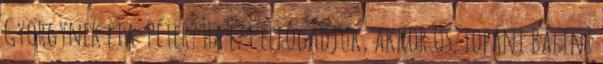
Györgynek fia: Péter? Ha ezt elfogadjuk, akkor Osztopáni Bálint